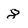
Character: 8